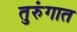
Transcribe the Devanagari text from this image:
तुरुंंगात